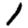
Digit: 1